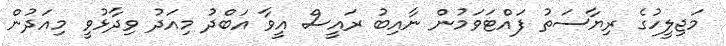
މަޖިލީހުގެ ރިޔާސަތު ފައްޓަވަމުން ނާއިބު ރައީސް އީވާ އަބްދު މިއަދު ވިދާޅުވީ މިއަދުން